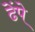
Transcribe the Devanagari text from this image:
ढेंपे